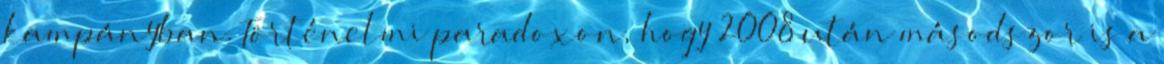
kampányban. Történelmi paradoxon, hogy 2008 után másodszor is a